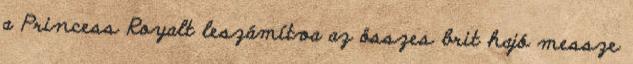
a Princess Royalt leszámítva az összes brit hajó messze